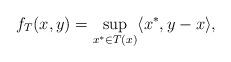
LaTeX: \begin{align*} f_T(x,y)=\sup_{x^*\in T(x)}\langle x^*,y-x\rangle, \end{align*}